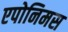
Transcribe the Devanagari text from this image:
एपोनिमस